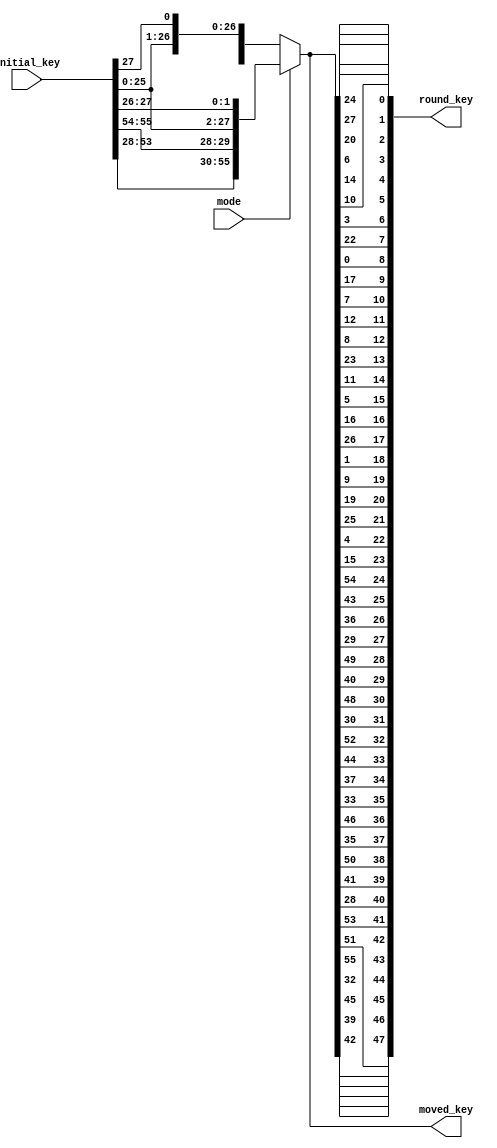
`timescale 1ns / 1ps
//////////////////////////////////////////////////////////////////////////////////
// Company: 
// Engineer: 
// 
// Design Name: 
// Module Name:    RoundKeyGenerator 
// Project Name: 
// Target Devices: 
// Tool versions: 
// Description: 
//
// Dependencies: 
//
// Revision: 
// Revision 0.01 - File Created
// Additional Comments: 
//
//////////////////////////////////////////////////////////////////////////////////
module RoundKeyGenerator(
	 output [1:48] round_key,
	 output [1:56] moved_key,
    input mode,
    input [1:56] initial_key
    );

wire [1:56] inikey;

assign inikey = (mode == 0) ? 
		{initial_key[2:28],initial_key[1],initial_key[30:56],initial_key[29]}
		: {initial_key[3:28],initial_key[1],initial_key[2],initial_key[31:56],initial_key[29],initial_key[30]}; 

// always @(initial_key,mode)
// begin
// 	if(mode == 0)
// 	begin
// 		inikey = {initial_key[2:28],initial_key[1],initial_key[30:56],initial_key[29]};
// 	end
// 	else
// 	begin
// 		inikey = {initial_key[3:28],initial_key[1],initial_key[2],initial_key[31:56],initial_key[29],initial_key[30]};
// 	end
// end

assign moved_key = inikey;

assign round_key[1] = inikey[14];
assign round_key[2] = inikey[17];
assign round_key[3] = inikey[11];
assign round_key[4] = inikey[24];
assign round_key[5] = inikey[1];
assign round_key[6] = inikey[5];
assign round_key[7] = inikey[3];
assign round_key[8] = inikey[28];
assign round_key[9] = inikey[15];
assign round_key[10] = inikey[6];
assign round_key[11] = inikey[21];
assign round_key[12] = inikey[10];
		
assign round_key[13] = inikey[23];
assign round_key[14] = inikey[19];
assign round_key[15] = inikey[12];
assign round_key[16] = inikey[4];
assign round_key[17] = inikey[26];
assign round_key[18] = inikey[8];
assign round_key[19] = inikey[16];
assign round_key[20] = inikey[7];
assign round_key[21] = inikey[27];
assign round_key[22] = inikey[20];
assign round_key[23] = inikey[13];
assign round_key[24] = inikey[2];
		
assign round_key[25] = inikey[41];
assign round_key[26] = inikey[52];
assign round_key[27] = inikey[31];
assign round_key[28] = inikey[37];
assign round_key[29] = inikey[47];
assign round_key[30] = inikey[55];
assign round_key[31] = inikey[30];
assign round_key[32] = inikey[40];
assign round_key[33] = inikey[51];
assign round_key[34] = inikey[45];
assign round_key[35] = inikey[33];
assign round_key[36] = inikey[48];
		
assign round_key[37] = inikey[44];
assign round_key[38] = inikey[49];
assign round_key[39] = inikey[39];
assign round_key[40] = inikey[56];
assign round_key[41] = inikey[34];
assign round_key[42] = inikey[53];
assign round_key[43] = inikey[46];
assign round_key[44] = inikey[42];
assign round_key[45] = inikey[50];
assign round_key[46] = inikey[36];
assign round_key[47] = inikey[29];
assign round_key[48] = inikey[32];

endmodule